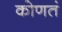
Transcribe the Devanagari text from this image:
कोणतं